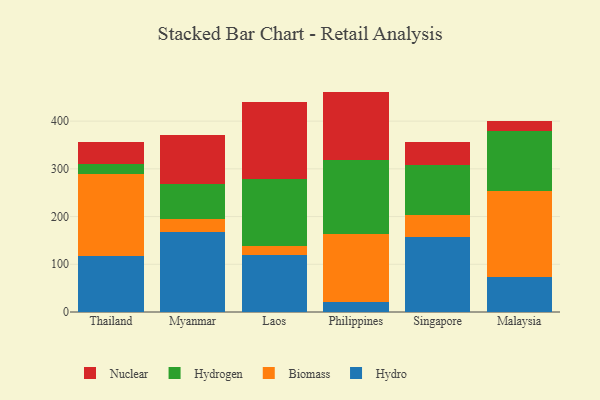
{"axis": {"x": "Country", "y": "Market Share (%)"}, "legend": ["Biomass", "Hydro", "Hydrogen", "Nuclear"], "data": [{"x": "Thailand", "y": 118.1, "type": "Hydro"}, {"x": "Thailand", "y": 171.5, "type": "Biomass"}, {"x": "Thailand", "y": 20.8, "type": "Hydrogen"}, {"x": "Thailand", "y": 45.5, "type": "Nuclear"}, {"x": "Myanmar", "y": 168.6, "type": "Hydro"}, {"x": "Myanmar", "y": 25.3, "type": "Biomass"}, {"x": "Myanmar", "y": 74.4, "type": "Hydrogen"}, {"x": "Myanmar", "y": 102.1, "type": "Nuclear"}, {"x": "Laos", "y": 119.6, "type": "Hydro"}, {"x": "Laos", "y": 18.4, "type": "Biomass"}, {"x": "Laos", "y": 141.4, "type": "Hydrogen"}, {"x": "Laos", "y": 161.6, "type": "Nuclear"}, {"x": "Philippines", "y": 20.0, "type": "Hydro"}, {"x": "Philippines", "y": 142.9, "type": "Biomass"}, {"x": "Philippines", "y": 155.3, "type": "Hydrogen"}, {"x": "Philippines", "y": 143.7, "type": "Nuclear"}, {"x": "Singapore", "y": 157.3, "type": "Hydro"}, {"x": "Singapore", "y": 46.1, "type": "Biomass"}, {"x": "Singapore", "y": 105.1, "type": "Hydrogen"}, {"x": "Singapore", "y": 47.6, "type": "Nuclear"}, {"x": "Malaysia", "y": 74.4, "type": "Hydro"}, {"x": "Malaysia", "y": 178.9, "type": "Biomass"}, {"x": "Malaysia", "y": 125.2, "type": "Hydrogen"}, {"x": "Malaysia", "y": 22.2, "type": "Nuclear"}]}